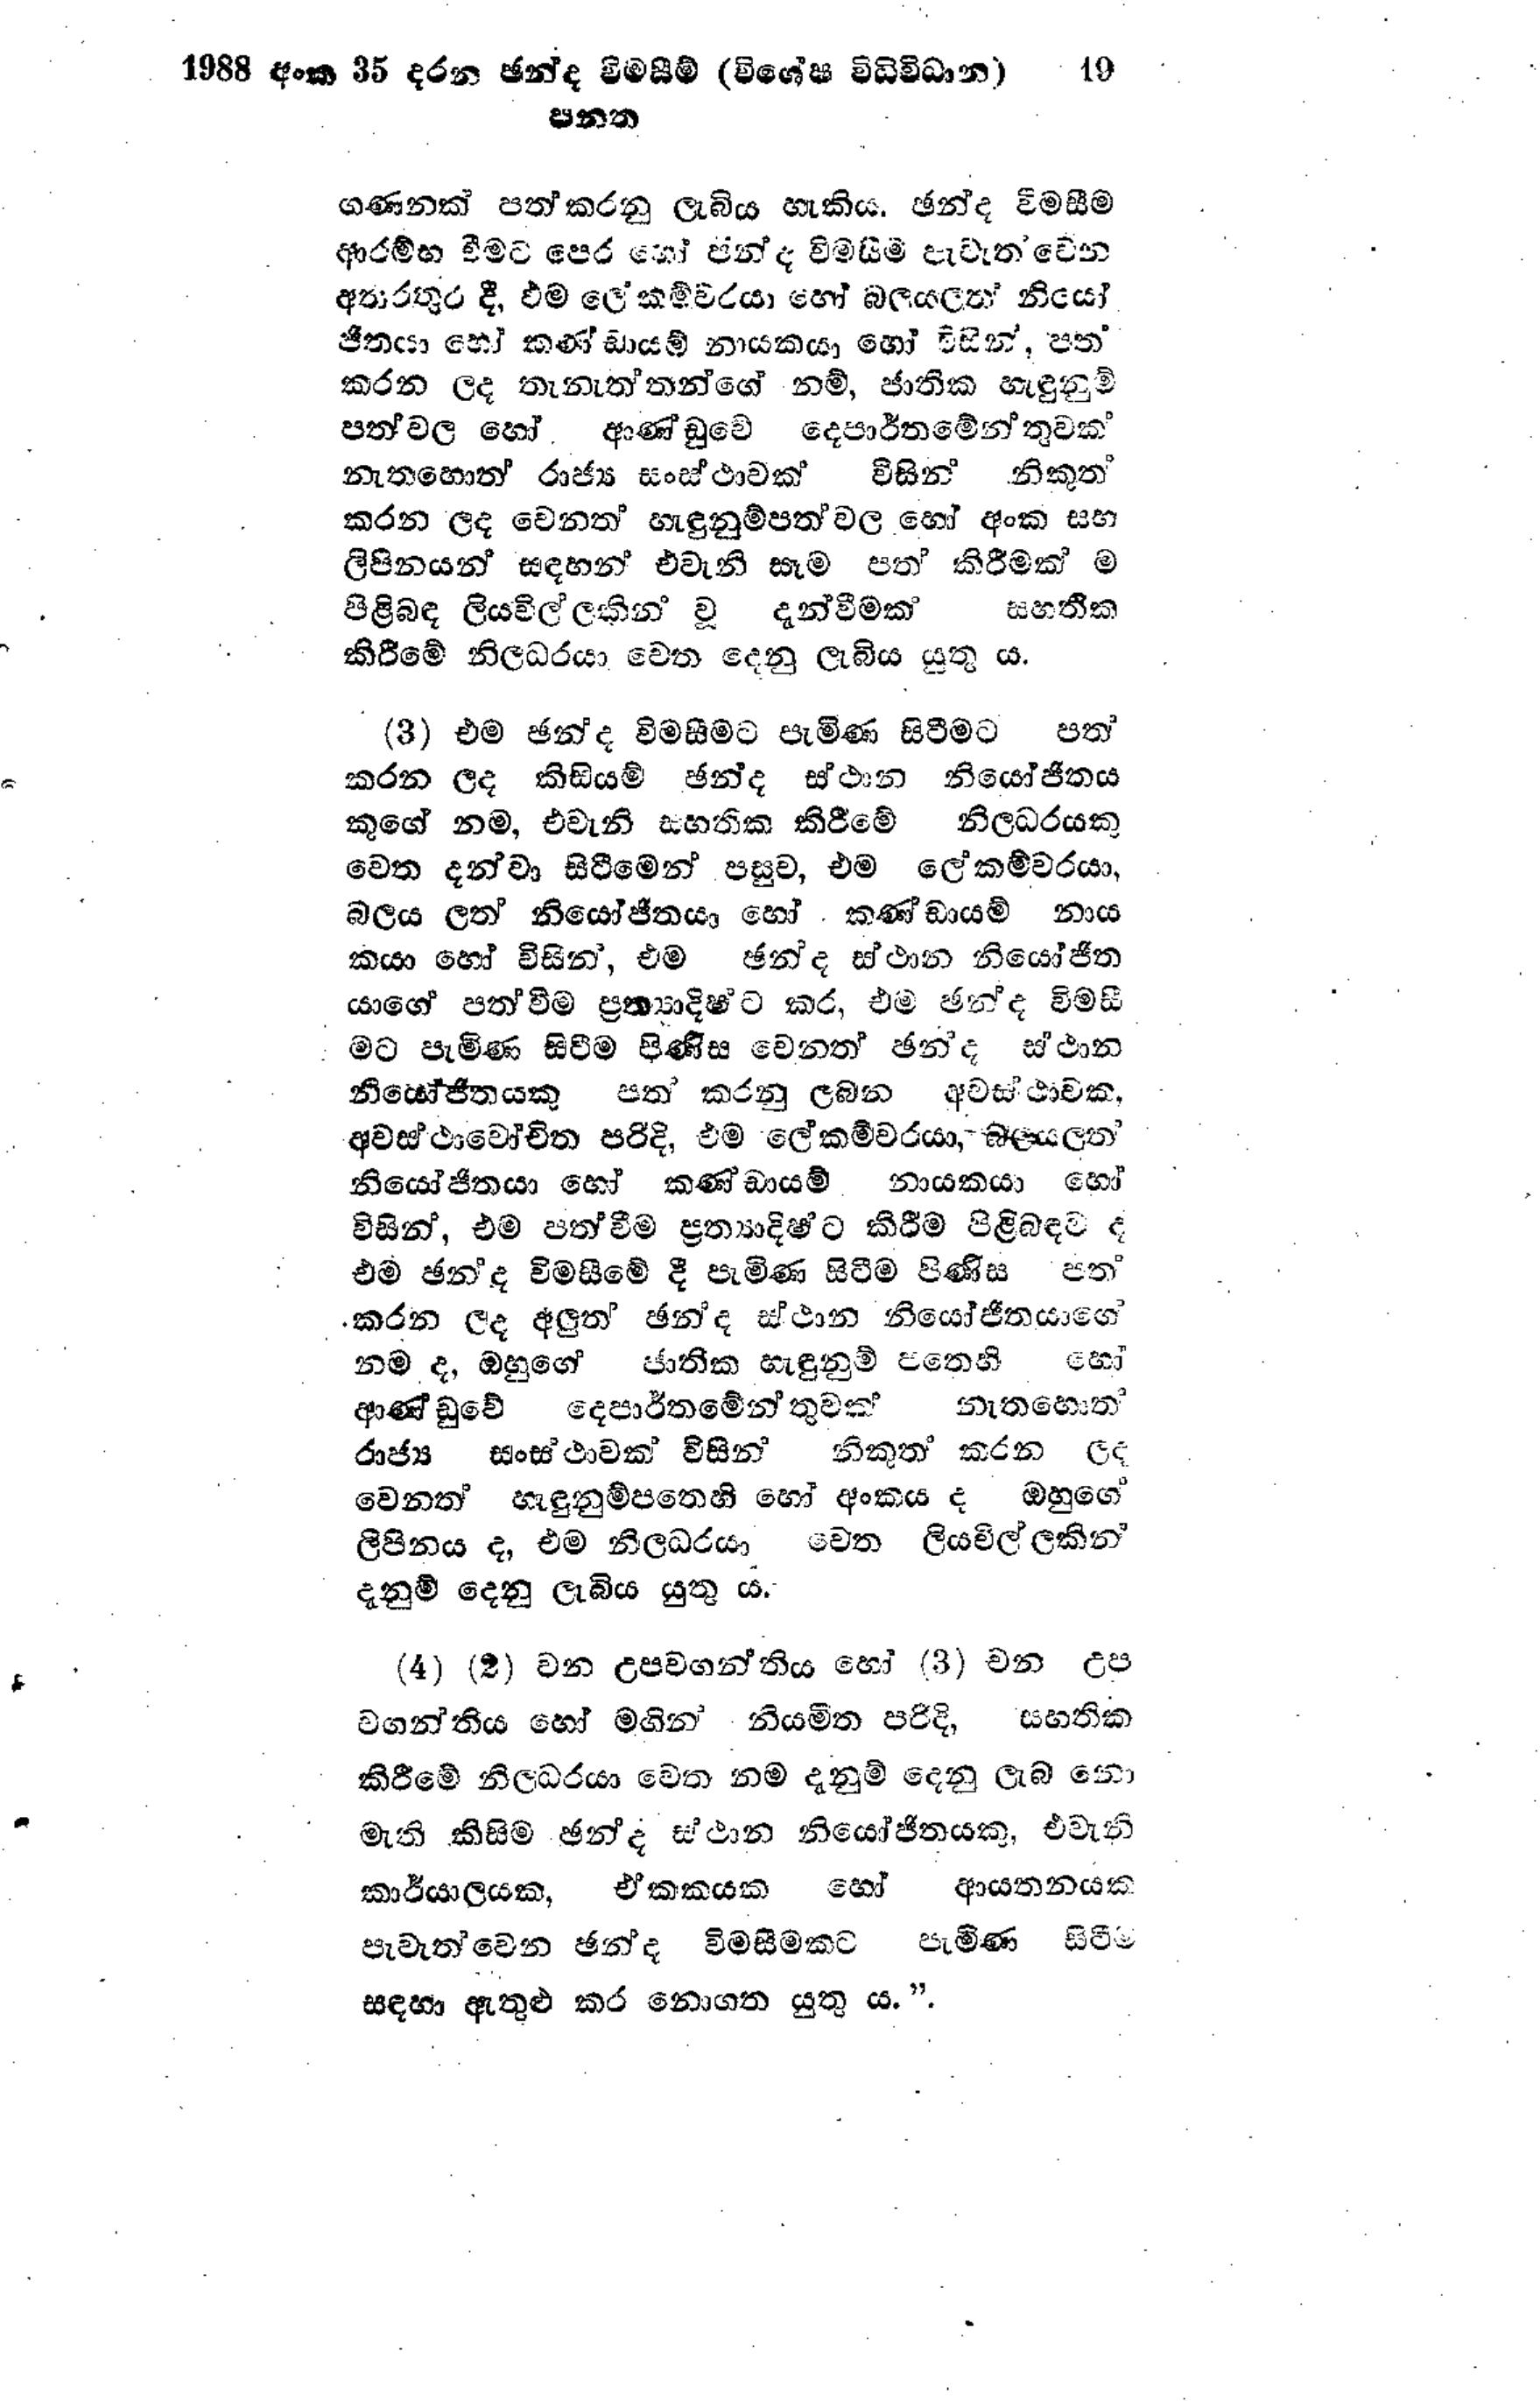
1988 අංක 35 දරන ඡන්ද විමසීම් (විශේෂ විධිවිධාන) 19
පනත

ගණනක් පත් කරනු ලැබිය හැකිය. ඡන්ද විමසීම
ආරම්භ වීමට පෙර හෝ ඡන්ද විමසීම් පැවැත්වෙන
අතරතුර දී, එම ලේකම්වරයා හෝ බලයලත් නියෝ
ජිතයා හෝ කණ්ඩායම් නායකයා හෝ විසින්, පත්
කරන ලද තැනැත්තන්ගේ නම්, ජාතික හැඳුනුම්
පත්වල හෝ ආණ්ඩුවේ දෙපාර්තමේන්තුවක
නැතහොත් රාජ්‍ය සංස්ථාවක් විසින් නිකුත්
කරන ලද වෙනත් හැඳුනුම්පත් වල හෝ අංක සහ
ලිපිනයන් සඳහන් එවැනි සෑම පත් කිරීමක් ම
පිළිබඳ ලියවිල්ලකින් වූ දැන්වීමක් සහතික
කිරීමේ නිලධරයා වෙත දෙනු ලැබිය යුතු ය.

(3) එම ඡන්ද විමසීමට පැමිණ සිටීමට පත්
කරන ලද කිසියම් ඡන්ද ස්ථාන නියෝජිතය
කුගේ නම, එවැනි සහතික කිරීමේ නිලධරයකු
වෙත දන්වා සිටීමෙන් පසුව, එම ලේකම්වරයා,
බලය ලත් නියෝජිතයා හෝ කණ්ඩායම් නාය
කයා හෝ විසින්, එම ඡන්ද ස්ථාන නියෝජිත
යාගේ පත්වීම ප්‍රත්‍යාදිෂ්ට කර, එම ඡන්ද විමසී
මට පැමිණ සිටීම පිණිස වෙනත් ඡන්ද ස්ථාන
නියෝජිතයකු පත් කරනු ලබන අවස්ස්ථාවක,
අවස්ස්ථාවෝචිත පරිදි, එම ලේකම්වරයා, බලයලත්
නියෝජිතයා හෝ කණ්ඩායම් නායකයා හෝ
විසින්, එම පත් වීම ප්‍රත්‍යාදිට කිරීම පිළිබඳව ද
එම ඡන්ද විමසීමේ දී පැමිණ සිටීම පිණිස පත්
කරන ලද අලුත් ඡන්ද ස්ථාන නියෝජිතයාගේ
නම ද, ඔහුගේ ජාතික හැඳුනුම් පතෙහි හෝ
ආණ්ඩුවේ දෙපාර්තමේන්තුවක් නැතහොත්
රාජ්‍ය සංස්ථාවක් විසින් නිකුත් කරන ලද
වෙනත් හැඳුනුම්පතෙහි හෝ අංකය ද ඔහුගේ
ලිපිනය ද, එම නිලධරයා වෙත ලියවිල්ලකින්
දැනුම් දෙනු ලැබිය යුතු ය.

(4) (2) වන උපවගන්තිය හෝ (3) වන උප
වගන්තිය හෝ මගින් නියමිත පරිදි, සහතික
කිරීමේ නිලධරයා වෙත නම් දැනුම් දෙනු ලැබ නො
මැති කිසිම ඡන්ද ස්ථාන නියෝජිතයකු, එවැනි
කාර්යාලයක, ඒකකයක හෝ ආයතනයක
පැවැත්වෙන ඡන්ද විමසීමකට පැමිණ සිටීම
සඳහා ඇතුළු කර නොගත යුතු ය.".